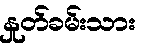
နှုတ်ခမ်းသား